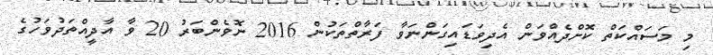
މި މަސައްކަތް ކޮށްދެއްވަން އެދިވަޑައިގަންނަވާ ފަރާތްތަކުން 2016 ނޮވެންބަރު 20 ވާ އާދީއްތަދުވަހުގެ